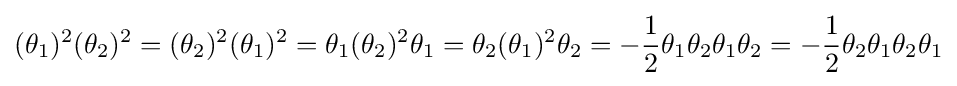
(\theta _{1})^{2}(\theta _{2})^{2}=(\theta _{2})^{2}(\theta _{1})^{2}=\theta _{1}(\theta _{2})^{2}\theta _{1}=\theta _{2}(\theta _{1})^{2}\theta _{2}=-{\frac {1}{2}}\theta _{1}\theta _{2}\theta _{1}\theta _{2}=-{\frac {1}{2}}\theta _{2}\theta _{1}\theta _{2}\theta _{1}